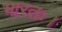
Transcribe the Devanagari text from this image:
भारतः।